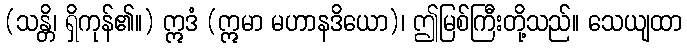
(သန္တိ၊ ရှိကုန်၏။) ဣဒံ (ဣမာ မဟာနဒိယော)၊ ဤမြစ်ကြီးတို့သည်။ သေယျထာ